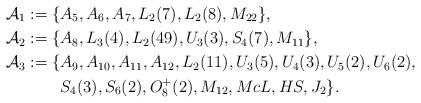
LaTeX: \begin{align*} \mathcal{A}_{1}:=\{&A_5 , A_6,A_7, L_2(7) , L_2(8), M_{22}\}, \\ \mathcal{A}_{2}:=\{&A_{8}, L_{3}(4), L_{2}(49), U_3(3), S_4(7), M_{11}\},\\ \mathcal{A}_{3}:=\{&A_9, A_{10}, A_{11}, A_{12}, L_2(11), U_3(5),U_4(3),U_5(2), U_6(2),\\ &S_4(3), S_6(2), O_8^{+}(2), M_{12}, McL, HS, J_2\}.\end{align*}